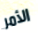
الأمر